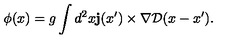
\phi ( x ) = g \int d ^ { 2 } x { \bf j } ( x ^ { \prime } ) \times \mathrm { \boldmath \nabla } { \cal D } ( x - x ^ { \prime } ) .